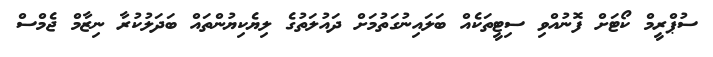
ސުޕްރީމް ކޯޓަށް ފޮނުއްވި ސިޓީތަކެއް ބަލައިނުގަތުމަށް ދައުލަތުގެ ލިޔެކިޔުންތައް ބަދަލުކުރާ ނިޒާމް ޖެމްސް